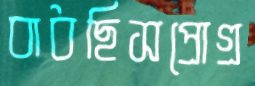
বাধছিসপ্রোগ্র